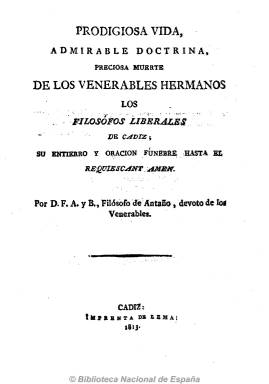
Título: Prodigiosa vida, admirable doctrina y preciosa muerte de los filósofos liberales de Cádiz
Otros títulos: Prodigiosa vida, admirable doctrina, preciosa muerte de los venerables hermanos, los filósofos liberales de Cádiz, su entierro y oración fúnebre, hasta el requiescant amén || Prodigiosa vida, admirable doctrina, preciosa muerte de los filósofos liberales de Cádiz || Prodigiosa vida, admirable doctrina, preciosa muerte de los filósofos liberales de Cádiz || El Filósofo de Antaño
Colección: Periódicos anteriores a 1850
Ámbito geográfico: Cádiz
Lugar de publicación: Cádiz
Fechas: 01/01/1813-31/12/1814

Periódico que salió de la imprenta gaditana de Vicente Lema desde finales de 1813 a marzo o abril de 1814, redactado por el fraile Francisco Alvarado, de carácter satírico, antirreformista y servil, defensor de los privilegios absolutistas de la iglesia católica y partidario de la permanencia de la Inquisición. La colección de la Biblioteca Nacional de España consta de 24 números y un total de 414 páginas, en cuadernos, generalmente, de 16 páginas, y sin indicación de periodicidad. A partir del número 3 antecede a la cabecera el antetítulo El Filósofo de Antaño, que es como también se conoce a este periódico y que es adoptado como seudónimo de su autor, que va estampado al inicio del tomo de la colección: “por D.F.A: y B., Filósofo de Antaño, devoto de los Venerables”. Estos no son otros que los liberales, a los que acusa de impíos, y que se identifican en la variación de este título que aparece al inicio de la colección: “… muerte de los venerables hermanos, los filósofos liberales de Cádiz, su entierro y oración fúnebre, hasta el requiescant amén”.

Sus textos son largos artículos doctrinales de carácter político y dedicados expresamente a atacar a los liberales, a sus periódicos e ideas filosóficas, con especial inquina contra el erudito y bibliógrafo Bartolomé José Gallardo, que en esa época se encuentra en Cádiz como director del Diario de sesiones de las Cortes y del también periódico satírico liberal La abeja española. Artículos que divide en capítulos, con textos apoyados a veces en versos, algunos sacados de los clásicos latinos, calificados por Gómez Ímaz de groseros; o destemplados y procaces, a juicio de Checa Godoy, y tildados por Solís Llorente de mordaces y de mal gusto, llegando a ser a veces difamatorios, como los dedicados al general Castaños.

De este periódico se conoce alguna reimpresión de 1813 en Palma de Mallorca, conociéndose también otra reimpresión del mismo año en Madrid, que consta de 22 números y 356 páginas. Francisco Alvarado ya había publicado en 1811 unas Cartas críticas del Filósofo Rancio, donde se muestra contrario de la división de poderes. Véase en la colección de la Biblioteca Nacional de España el título Del Filósofo de Antaño de Antaño en su gabinete, al que Hartzenbusch ya había relacionado con este publicado en Cádiz.